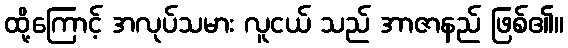
ထို့ကြောင့် အလုပ်သမား လူငယ် သည် အာဇာနည် ဖြစ်၏။